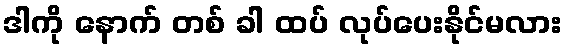
ဒါကို နောက် တစ် ခါ ထပ် လုပ်ပေးနိုင်မလား